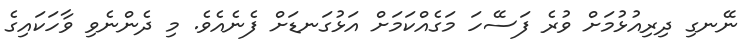
ނޭނގި ދިރިއުޅުމަށް ވުރެ ފަސޭހަ މަގެއްކަމަށް އަޅުގަނޑަށް ފެނެއެވެ. މި ދެންނެވި ވާހަކައިގެ